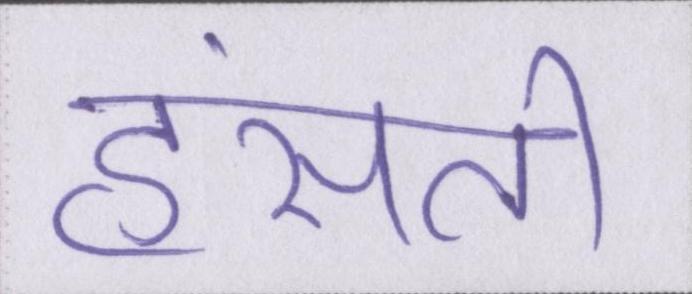
हंसती